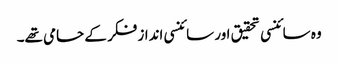
وہ سائنسی تحقیق اور سائنسی انداز فکر کے حامی تھے۔